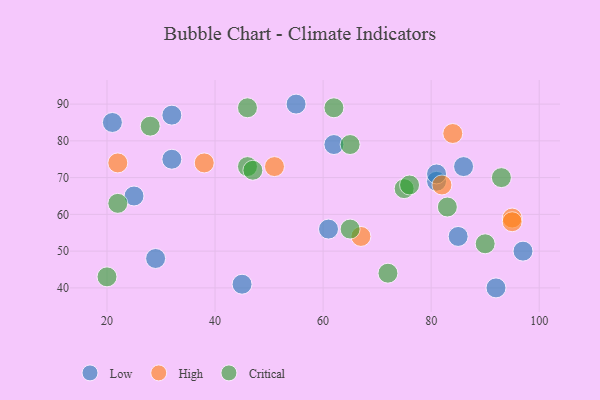
{"axis": {"x": "GDP", "y": "Life Expectancy"}, "legend": ["Critical", "High", "Low"], "data": [{"x": "25", "y": 65, "type": "Low"}, {"x": "97", "y": 50, "type": "Low"}, {"x": "86", "y": 73, "type": "Low"}, {"x": "29", "y": 48, "type": "Low"}, {"x": "85", "y": 54, "type": "Low"}, {"x": "61", "y": 56, "type": "Low"}, {"x": "81", "y": 69, "type": "Low"}, {"x": "92", "y": 40, "type": "Low"}, {"x": "81", "y": 71, "type": "Low"}, {"x": "45", "y": 41, "type": "Low"}, {"x": "32", "y": 75, "type": "Low"}, {"x": "21", "y": 85, "type": "Low"}, {"x": "32", "y": 87, "type": "Low"}, {"x": "55", "y": 90, "type": "Low"}, {"x": "62", "y": 79, "type": "Low"}, {"x": "22", "y": 74, "type": "High"}, {"x": "67", "y": 54, "type": "High"}, {"x": "82", "y": 68, "type": "High"}, {"x": "95", "y": 59, "type": "High"}, {"x": "38", "y": 74, "type": "High"}, {"x": "51", "y": 73, "type": "High"}, {"x": "95", "y": 58, "type": "High"}, {"x": "84", "y": 82, "type": "High"}, {"x": "28", "y": 84, "type": "Critical"}, {"x": "46", "y": 73, "type": "Critical"}, {"x": "72", "y": 44, "type": "Critical"}, {"x": "22", "y": 63, "type": "Critical"}, {"x": "83", "y": 62, "type": "Critical"}, {"x": "20", "y": 43, "type": "Critical"}, {"x": "75", "y": 67, "type": "Critical"}, {"x": "65", "y": 56, "type": "Critical"}, {"x": "93", "y": 70, "type": "Critical"}, {"x": "46", "y": 89, "type": "Critical"}, {"x": "62", "y": 89, "type": "Critical"}, {"x": "65", "y": 79, "type": "Critical"}, {"x": "90", "y": 52, "type": "Critical"}, {"x": "47", "y": 72, "type": "Critical"}, {"x": "76", "y": 68, "type": "Critical"}]}